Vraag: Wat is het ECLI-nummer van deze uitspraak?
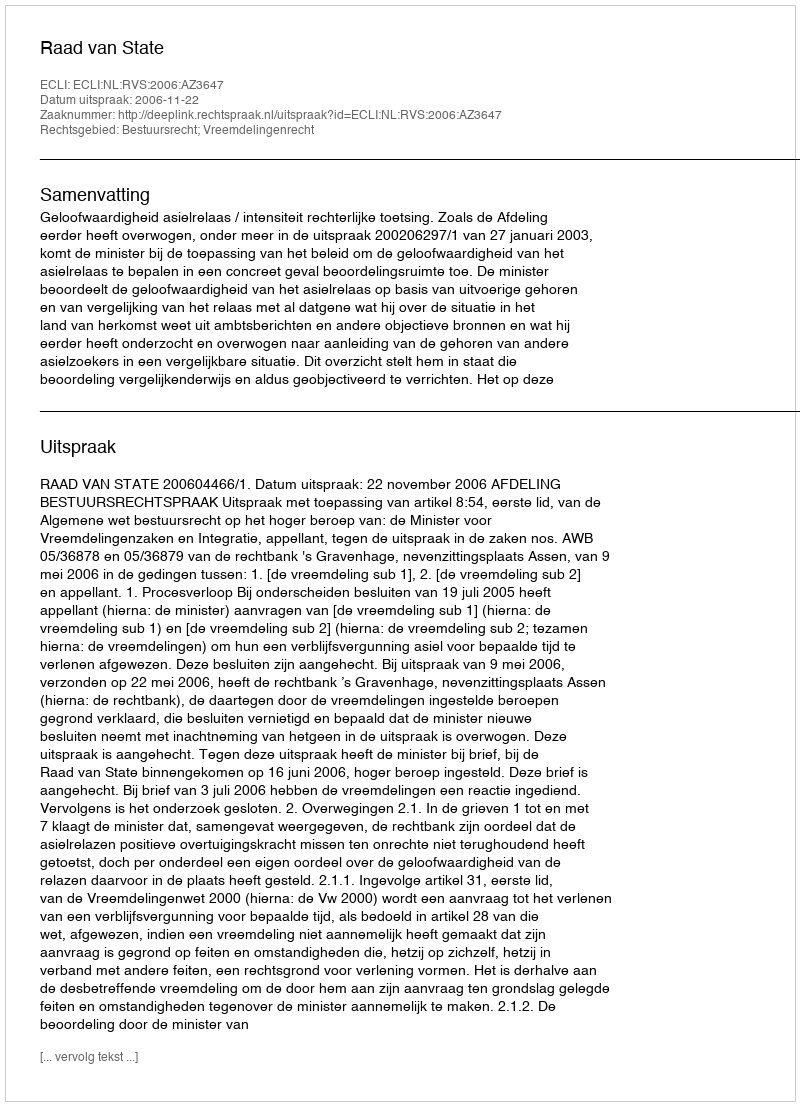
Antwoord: ECLI:NL:RVS:2006:AZ3647